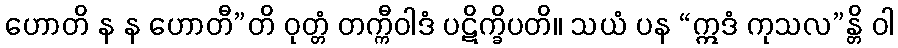
ဟောတိ န န ဟောတီ”တိ ဝုတ္တံ တက္ကီဝါဒံ ပဋိက္ခိပတိ။ သယံ ပန “ဣဒံ ကုသလ”န္တိ ဝါ